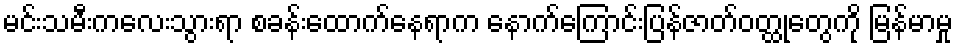
မင်းသမီးကလေးသွားရာ စခန်းထောက်နေရာက နောက်ကြောင်းပြန်ဇာတ်ဝတ္ထုတွေကို မြန်မာမှု